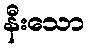
နီးသော